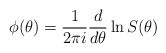
\begin{align*}\phi (\theta )=\frac{1}{2\pi i}\frac{d}{d\theta }\ln S(\theta )\end{align*}